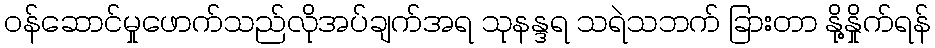
ဝန်ဆောင်မှုဖောက်သည်လိုအပ်ချက်အရ သုနန္ဒရ သရဲသဘက် ခြားတာ နို့နှိုက်ရန်